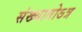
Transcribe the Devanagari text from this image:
संख्यातोऽत्र